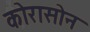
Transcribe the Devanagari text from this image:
कोरासोन